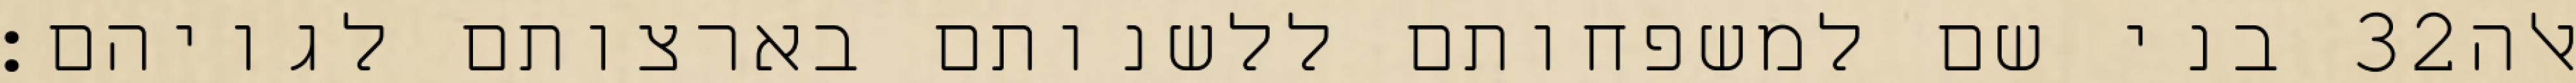
בני שם למשפחותם ללשנותם בארצותם לגויהם׃ ‎32‏ אלה